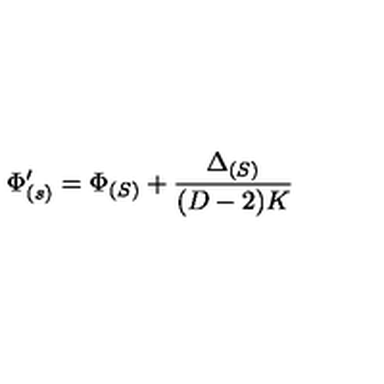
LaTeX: \Phi _ { ( s ) } ^ { \prime } = \Phi _ { ( S ) } + \frac { \Delta _ { ( S ) } } { ( D - 2 ) K }